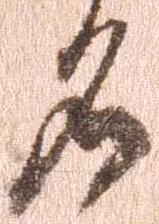
名